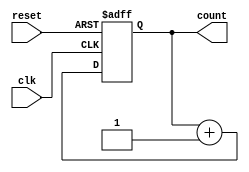
module async_counter #(parameter N = 4) (
    input wire clk,         // Clock input
    input wire reset,       // Asynchronous reset input
    output reg [N-1:0] count // N-bit counter output
);

// Always block triggered by the clock and reset
always @(posedge clk or posedge reset) begin
    if (reset) begin
        count <= 0; // Reset counter to 0
    end else begin
        count <= count + 1; // Increment counter
    end
end

endmodule